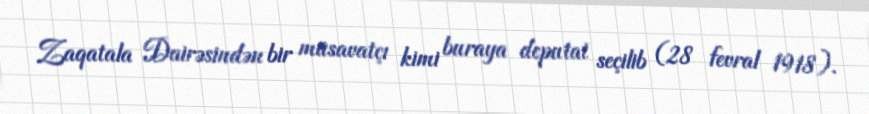
Zaqatala Dairəsindən bir müsavatçı kimi buraya deputat seçilib (28 fevral 1918).